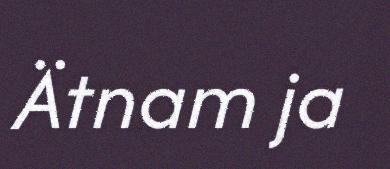
Ätnam ja